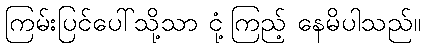
ကြမ်းပြင်ပေါ်သို့သာ ငုံ့ကြည့် နေမိပါသည်။